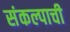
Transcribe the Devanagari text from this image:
संकल्पाची